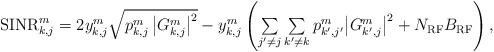
LaTeX: \begin{align*}\begin{array}{l}{\rm SINR}_{k,j}^m= 2y_{k,j}^m \sqrt{{p_{k,j}^m \left|G_{k,j}^m\right|^2}} -y_{k,j}^m \left({{\sum\limits_{j'\ne j} \sum\limits_{k'\ne {{k}}} {p_{k',j'}^{{m}} {{{ \left|G_{k',j}^m\right|^2 }} } } } + N_{\rm RF}B_{\rm RF} } \right),\end{array}\end{align*}